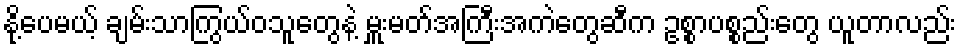
နို့ပေမယ့် ချမ်းသာကြွယ်ဝသူတွေနဲ့ မှူးမတ်အကြီးအကဲတွေဆီက ဥစ္စာပစ္စည်းတွေ ယူတာလည်း